Lunatic asylums Punjab 1895-1910 - 1895-1910
Year: 1895
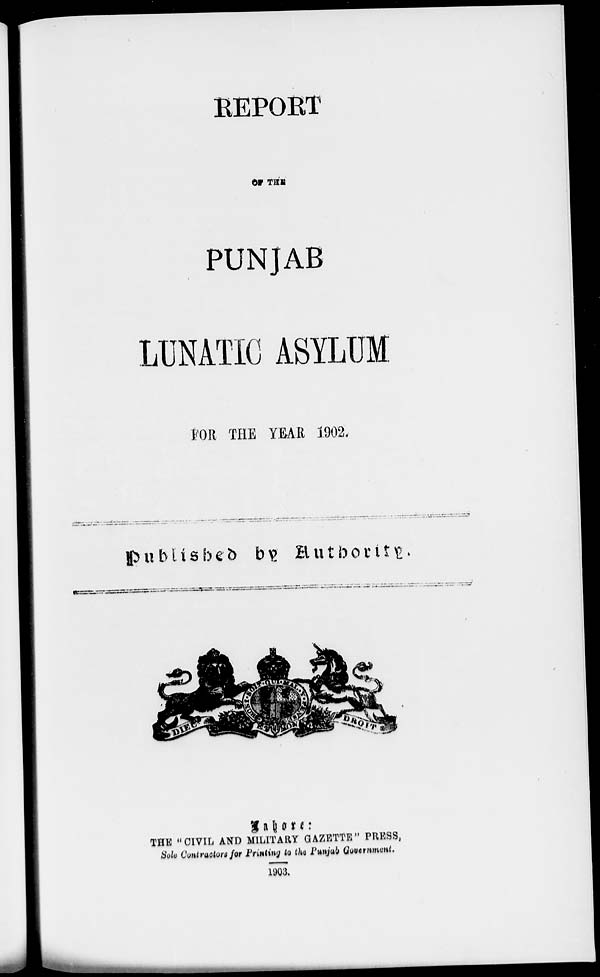
REPORT
OF THE
PUNJAB
LUNATIC ASYLUM
FOR THE YEAR 1902.
published by Authority.
Lahore:
THE " CIVIL AND MILITARY GAZETTE" PRESS,
Sole Contractors for Printing to the Punjab Government.
1903.